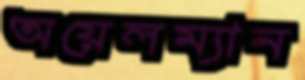
অয়েলম্যান